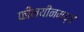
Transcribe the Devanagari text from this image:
फीनयीनमध्ये